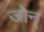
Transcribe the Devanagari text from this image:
जोन्